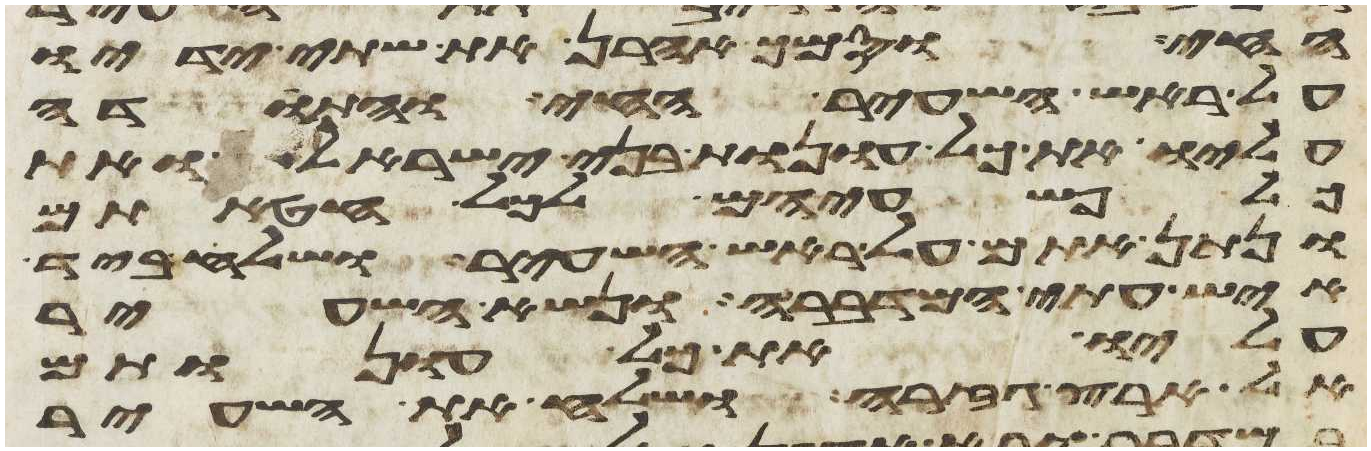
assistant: החי וסמך אהרן את שתי ידיו
על ראש השעיר החי והתודה
עליו את כל עונות בני ישראל ואת
פשעיהם לכל חטאתם
ונתן אתם על ראש השעיר ושלח ביד
איש עתי המדברה ונשא השעיר
עליו את כל עונות
אל ארץ גזרה ושלח את השעיר